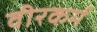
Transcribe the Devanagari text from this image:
वीरकर्म